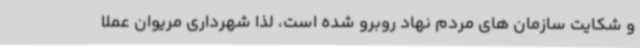
و شکایت سازمان های مردم نهاد روبرو شده است، لذا شهرداری مریوان عملا